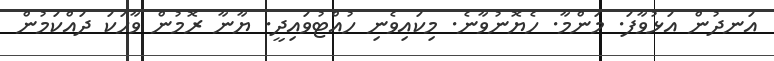
އަނދުން އަޅުވާފަ. މަންމާ. ހެެޔޮނުވާނެ. މިކައިވެނި ހުއްޓުވައިދީ. ޔާނާ ރޮމުން ވާހަކަ ދައްކަމުން